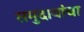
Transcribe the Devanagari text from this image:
समुदायांचा